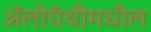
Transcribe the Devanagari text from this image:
ॲलोपॅथीमधील